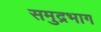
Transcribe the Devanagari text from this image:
समुद्रभाग